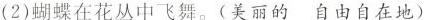
(2)蝴蝶在花丛中飞舞。(美丽的自由自在地)